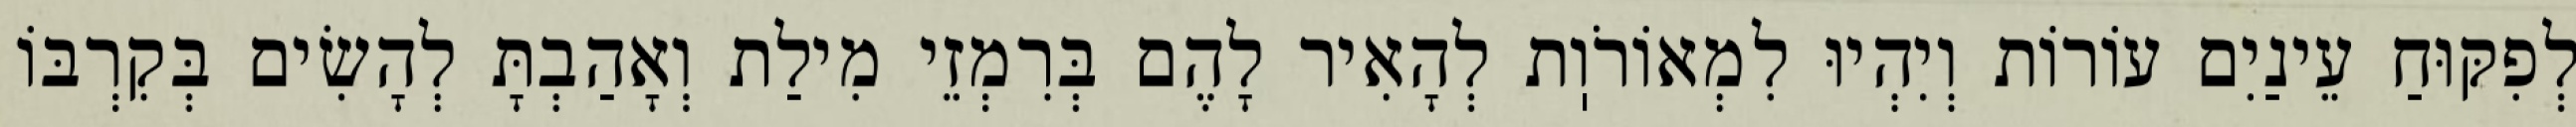
לְפִקּוּחַ עֵינַיִם עוֹרוֹת וְיִהְיוּ לִמְאוֹרֹוֽת לְהָאִיר לָהֶם בְּרִמְזֵי מִילַת וְאָהַבְתָּ לְהָשִׂים בְּקִרְבּוֹ